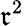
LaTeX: \mathfrak{r}^{2}